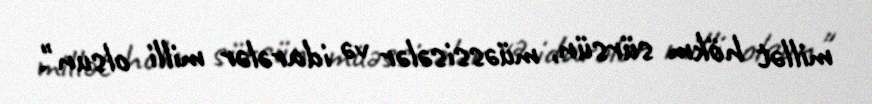
millət hökm sürsün, müəssisələr və idarələr milli olsun".